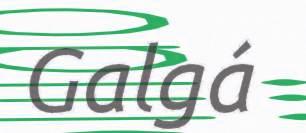
Galgá